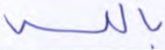
بالله